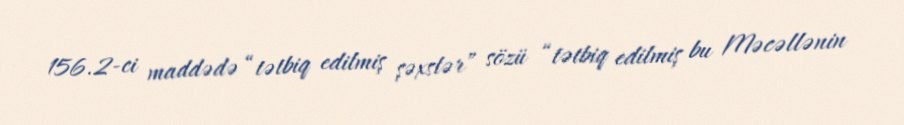
156.2-ci maddədə “tətbiq edilmiş şəxslər” sözü “tətbiq edilmiş bu Məcəllənin